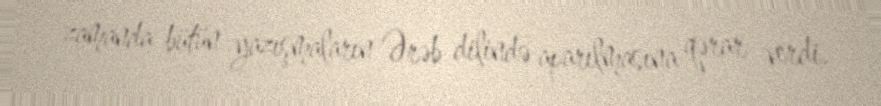
zamanda bütün yazışmaların Ərəb dilində aparılmasına qərar verdi.